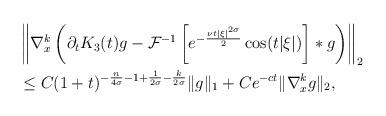
LaTeX: \begin{align*} & \left\| \nabla^{k}_{x} \left(\partial_{t}K_{3}(t)g- \mathcal{F}^{-1} \left[e^{-\frac{\nu t |\xi|^{2 \sigma}}{2}} \cos (t |\xi|)\right] \ast g\right)\right\|_{2} \\& \le C (1+t)^{-\frac{n}{4 \sigma}-1+\frac{1}{2 \sigma}-\frac{k}{2 \sigma}}\| g \|_{1} +C e^{-ct} \| \nabla^{k}_{x} g\|_{2}, \end{align*}